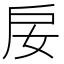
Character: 𢨭